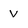
Character: v